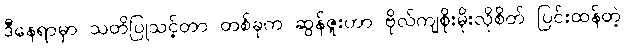
ဒီနေရာမှာ သတိပြုသင့်တာ တစ်ခုက ဆွန်ဇူးဟာ ဗိုလ်ကျစိုးမိုးလိုစိတ် ပြင်းထန်တဲ့